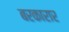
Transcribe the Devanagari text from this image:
बरकारार